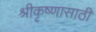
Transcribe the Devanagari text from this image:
श्रीकृष्णासाठी